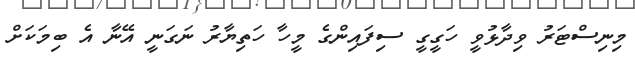
މިނިސްޓަރު ވިދާޅުވީ ހަގީގީ ސިފައިންގެ މީހާ ހަތިޔާރު ނަގަނީ އޭނާ އެ ބިމަކަށް